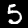
Digit: 5